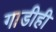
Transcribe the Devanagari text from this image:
गाडीही